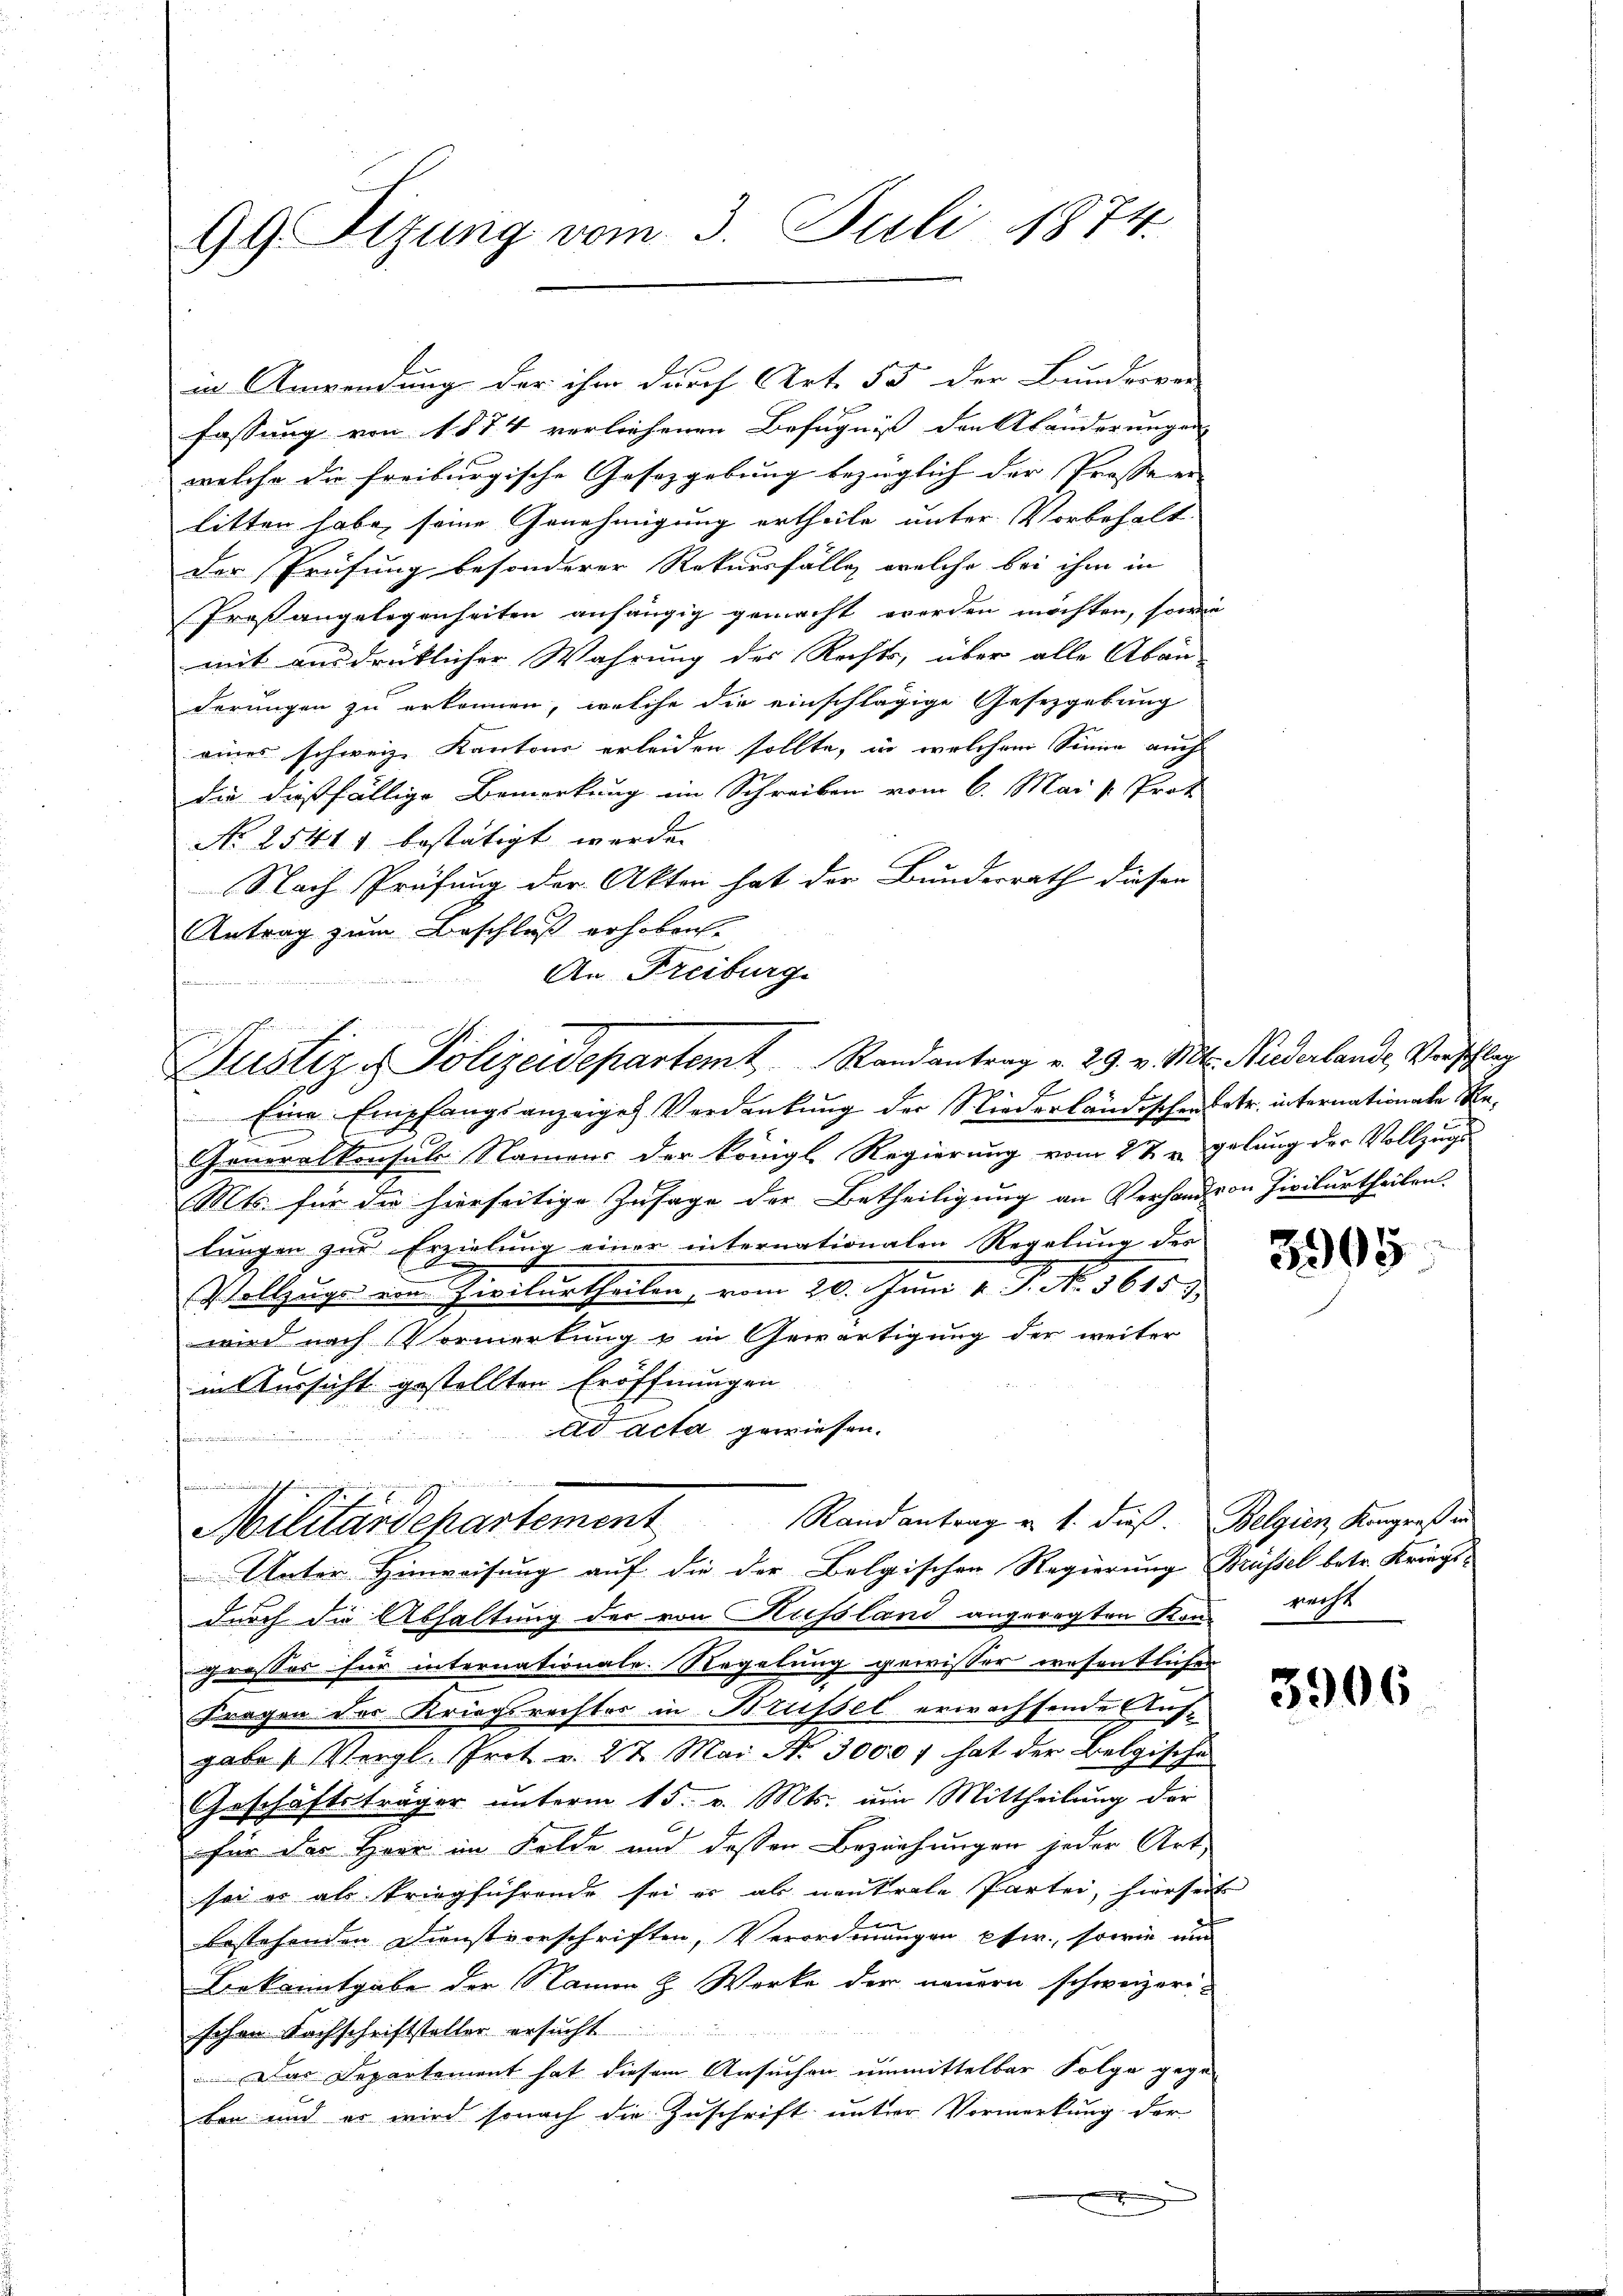
99. Sizung vom 3. Juli 1874.

in Anwendung der ihm durch Art. 55 der Bundesver-
fassung von 1874 verliehenen Befugniß den Abänderungen
welche die freiburgische Gesetzgebung bezüglich der Prossen |
litten habe, seine Genehmigung ertheile unter Vorbehalt
Der Prüfung besonderer Rekursfälle, welche bei ihm in
Proßangelegenheiten anhängig gemacht werden möchten, sowie
mit ausdrücklicher Wahrung des Rechts, über alle Aban-
derungen zu erkennen, welche die einschlägige Gesetzgebung
eines schweiz. Kantons erleiden sollte, in welchem Sinne auch
die dießfällige Bemerkung im Schreiben vom 6. Mai v. Prot
No 25411 bestätigt werden
Nach Prüfung der Akten hat der Bundesrath diesen
Antrag zum Beschluß erhoben.
2
Eine Empfangsanzeiges Verdankung der liederländischen Betr. internationale Be¬
.
1
Generalkonsuls Namens der Königl. Regierung vom 2te gelung der Vollzugs
Mts. für die hierseitige Zusage der Betheiligung an Verhand von Zivilurtheilen
lungen zur Erzielung einer internationalen Regelung der
Vollzuges ein Zivilurtheilen vom 20. Juni v. J. N. 1615)
wird nach Vormerkung & in Gewärtigung der weiter
in Aussicht gestellten Eröffnungen
ad acta gewiesen.

B
Randantrag v. 1. dieß. Belgien Kongreß in
Militärdepartement
Unter Hinweisung auf die der Belgischen Regierung Brüssel betr. Kriegs-
durch die Abhaltung der von Hussland angeregten Kan recht
grosses für internationale Regelung gewisser wesentlichen
Fragen der Kriegsrechter in Brüssel erwachsende Ausgabe „Vergl. Prot. v. 27. Mai No 3000 hat der Belgische
Geschäftsträger unterm 15. v. Mts. um Mittheilung der
für das Herr im Felde und deßen Beziehungen jeder Art
sei es als kriegführende sei es als neutrale Partei, hierseit
bestehenden Dienstvorschriften, Verordnungen pfir., sowie und
Bekanntgabe der Namen & Werke der neuern schweizeri
schon Fachschriftsteller ersucht
Das Departement hat diesem Ansuchen unmittelbar Folge gege-
ben und er wird sonach die Zuschrift unter Vormerkung der
.

An Freiburg.
Justiz - Polizeidepartemt. Randantrag v. 29. v. Mts. Niederlande Verschlag

3905

3906